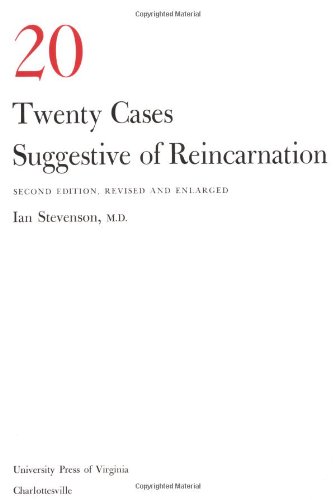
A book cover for Twenty Cases Suggestive of Reincarnation: Second Edition, Revised and Enlarged; Ian Stevenson; Religion & Spirituality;